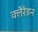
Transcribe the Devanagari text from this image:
क्लैरेंडन